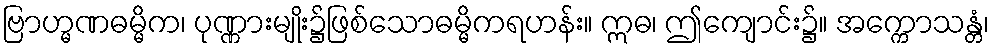
ဗြာဟ္မဏဓမ္မိက၊ ပုဏ္ဏားမျိုး၌ဖြစ်သောဓမ္မိကရဟန်း။ ဣဓ၊ ဤကျောင်း၌။ အက္ကောသန္တံ၊